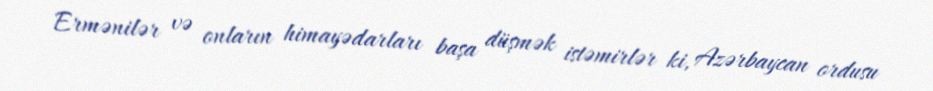
Ermənilər və onların himayədarları başa düşmək istəmirlər ki, Azərbaycan ordusu